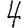
Digit: 4